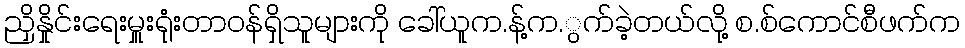
ညှိနှိုင်းရေးမှူးရုံးတာဝန်ရှိသူများကို ခေါ်ယူက.န့်က.ွက်ခဲ့တယ်လို့ စ.စ်ကောင်စီဖက်က